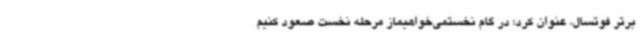
برتر فوتسال، عنوان کرد: در گام نخستمی‌خواهیماز مرحله نخست صعود کنیم